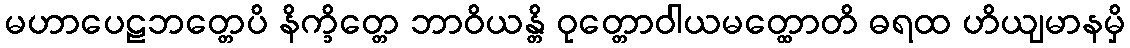
မဟာပေဠဘတ္တေပိ နိက္ခိတ္တေ ဘာဝိယန္တိ ဝုတ္တောဝါယမတ္ထောတိ ဓရထ ဟိယျမာနမှိ